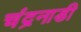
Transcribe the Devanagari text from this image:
चंद्रनाडी